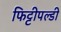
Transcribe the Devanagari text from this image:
फिट्टीपल्डी